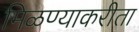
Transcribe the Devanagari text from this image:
मिळण्याकरीता